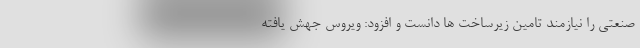
صنعتی را نیازمند تامین زیرساخت ها دانست و افزود: ویروس جهش یافته